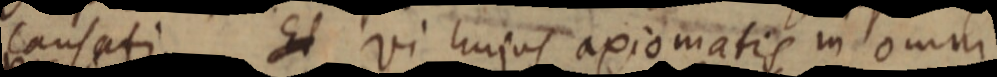
causati. Et vi hujus axiomatis in omni